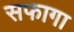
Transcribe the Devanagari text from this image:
सफागा